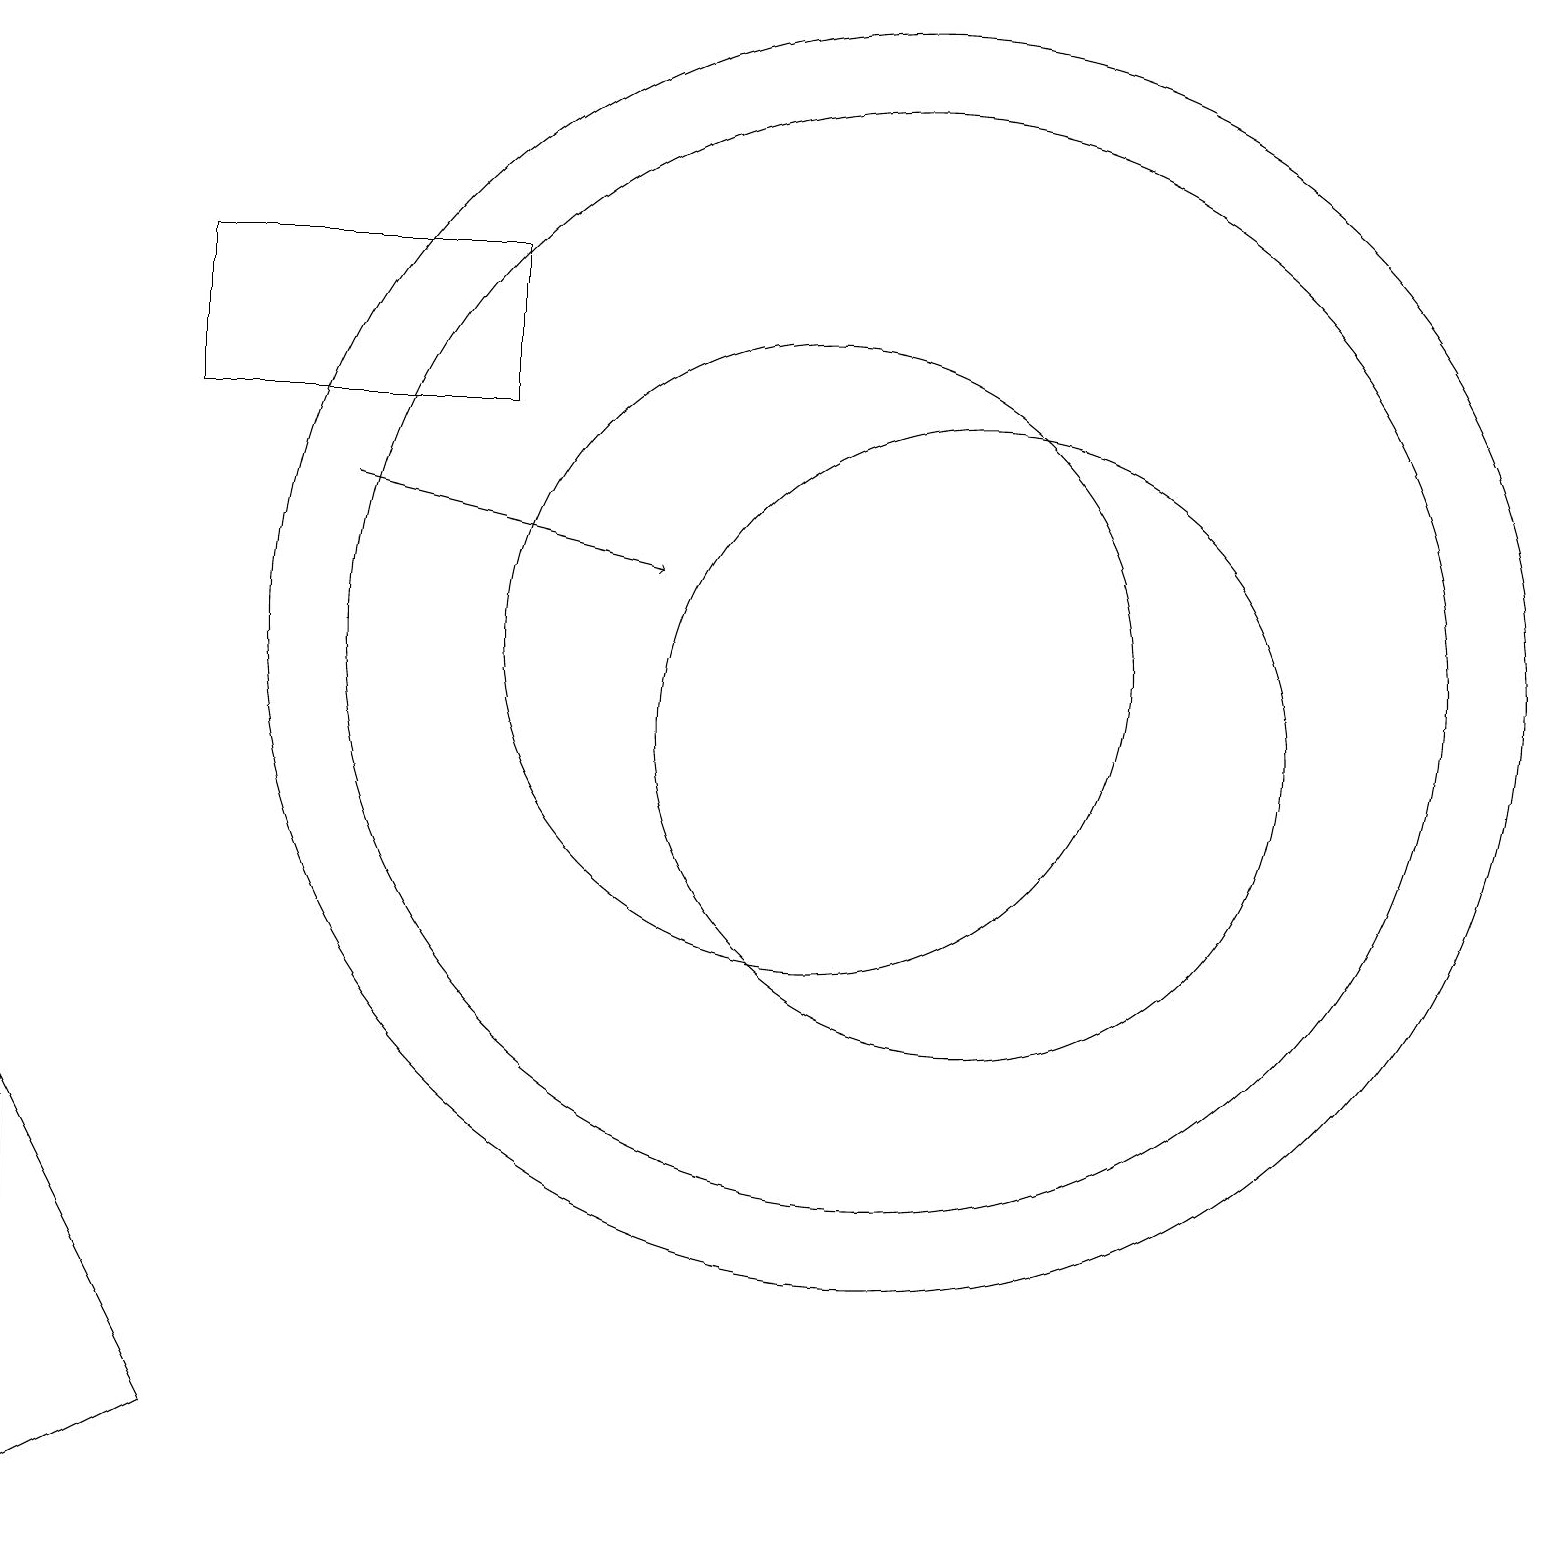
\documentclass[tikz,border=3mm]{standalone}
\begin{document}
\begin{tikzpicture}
\draw (0,0) -- (2,1) -- (0,5) -- cycle;
\draw (10,11) circle (4);
\draw (12,10) circle (4);
\draw[->] (4,13) -- (8,12);
\draw (11,11) circle (8);
\draw (2,14) rectangle (6,16);
\draw (11,11) circle (7);
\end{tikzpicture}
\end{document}